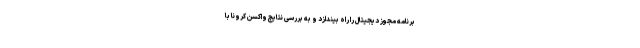
برنامه مجوز دیجیتال را راه بیندازد و به بررسی نتایج واکسن کرونا با